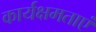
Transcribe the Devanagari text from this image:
कार्यक्षमताएं